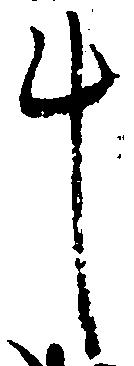
斗